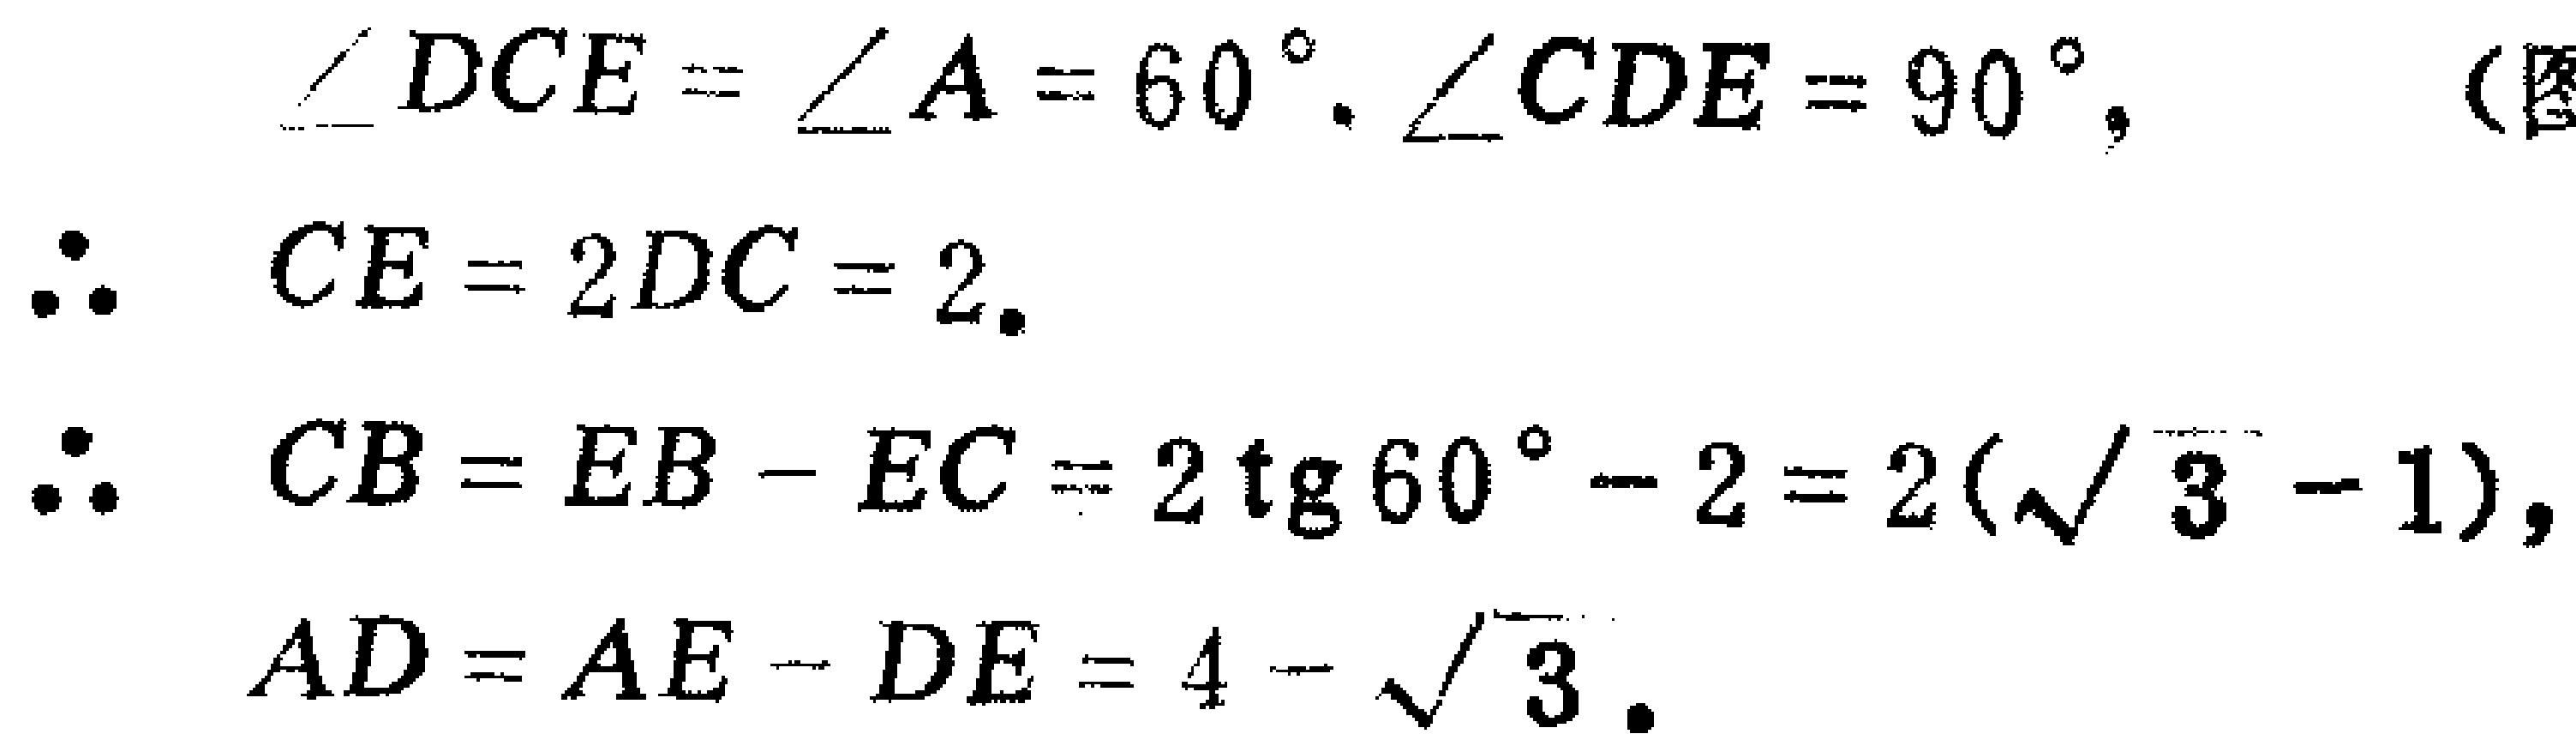
$\begin{align*}
&\angle DCE = \angle A = 60^{\circ}, \angle CDE = 90^{\circ},\\
\therefore\ &CE = 2DC = 2.\\
\therefore\ &CB = EB - EC = 2\mathrm{tg}\,60^{\circ}-2 = 2(\sqrt{3}-1),\\
&AD = AE - DE = 4 - \sqrt{3}.
\end{align*}$